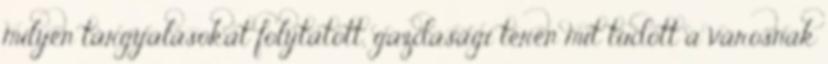
milyen tárgyalásokat folytatott, gazdasági téren mit tudott a városnak